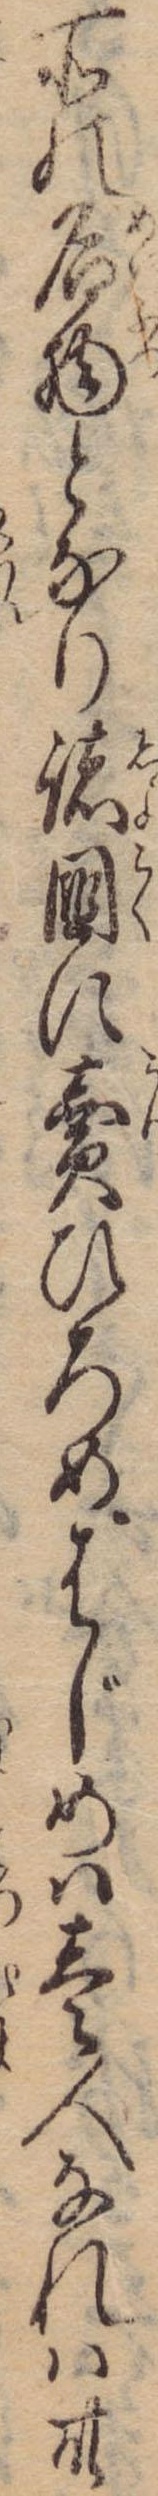
所の名物となり諸国に売ひろめはじめは壱人なれは卅